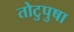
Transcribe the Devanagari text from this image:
तोटुपुषा